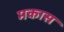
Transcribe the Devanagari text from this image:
मकास